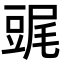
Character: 䜸